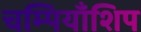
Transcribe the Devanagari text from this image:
चम्पियाँशिप